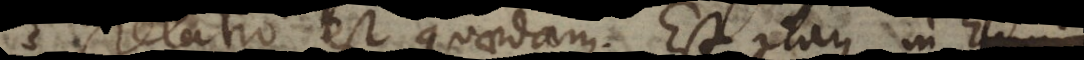
relatio est quaedam. Est itaque in homin